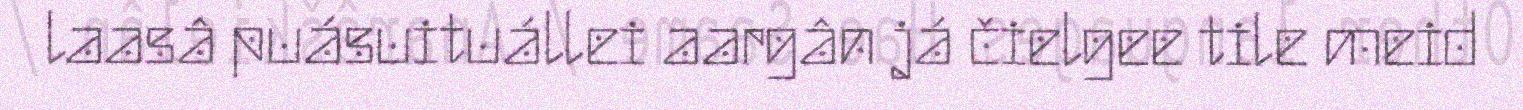
laasâ puásuituállei aargân já čielgee tile meid